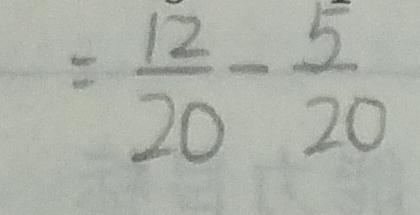
= \frac { 1 2 } { 2 0 } - \frac { 5 } { 2 0 }